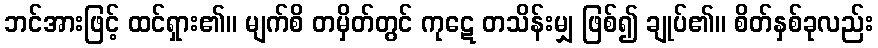
ဘင်အားဖြင့် ထင်ရှား၏။ မျက်စိ တမှိတ်တွင် ကုဋေ တသိန်းမျှ ဖြစ်၍ ချုပ်၏။ စိတ်နှစ်ခုလည်း